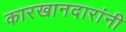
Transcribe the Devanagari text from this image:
कारखानदारांनी